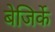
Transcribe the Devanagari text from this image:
बेजिर्के